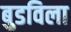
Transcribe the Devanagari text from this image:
बुडविला